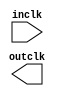
module CLK_GLOBAL (
	inclk,
	outclk)/* synthesis synthesis_clearbox = 1 */;

	input	  inclk;
	output	  outclk;

endmodule